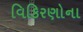
વિકિરણોના